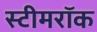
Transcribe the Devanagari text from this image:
स्टीमरॉक